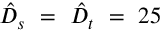
\hat { D } _ { s } ~ = ~ \hat { D } _ { t } ~ = ~ 2 5